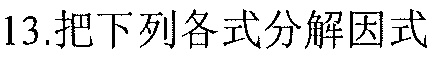
13.把下列各式分解因式